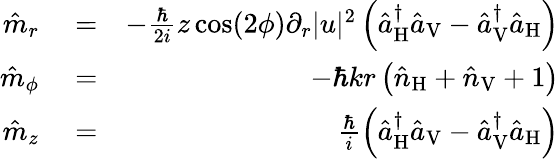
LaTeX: \begin{array}{rlr}{\hat{m}_{r}}&{{}=}&{-\frac{\hbar}{2i}z\cos(2\phi)\partial_{r}|u|^{2}\left(\hat{a}_{\mathrm{H}}^{\dagger}\hat{a}_{\mathrm{V}}-\hat{a}_{\mathrm{V}}^{\dagger}\hat{a}_{\mathrm{H}}\right)}\\ {\hat{m}_{\phi}}&{{}=}&{-\hbar kr\left(\hat{n}_{\mathrm{H}}+\hat{n}_{\mathrm{V}}+1\right)}\\ {\hat{m}_{z}}&{{}=}&{\frac{\hbar}{i}\left(\hat{a}_{\mathrm{H}}^{\dagger}\hat{a}_{\mathrm{V}}-\hat{a}_{\mathrm{V}}^{\dagger}\hat{a}_{\mathrm{H}}\right)}\end{array}